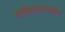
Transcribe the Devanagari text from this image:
पोलिसदलांकडील